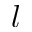
l